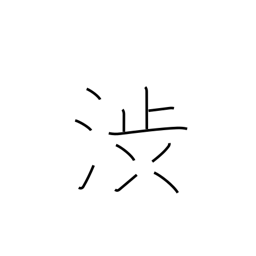
Meaning: hesitate